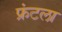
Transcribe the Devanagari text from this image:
फ्रंटला